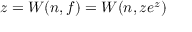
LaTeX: z = W ( n , f ) = W ( n , z e ^ { z } )